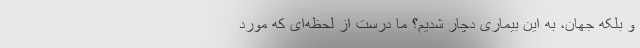
و بلکه جهان، به این بیماری دچار شدیم؟ ما درست از لحظه‌ای که مورد